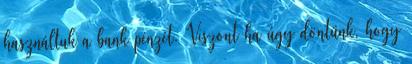
használtuk a bank pénzét. Viszont ha úgy döntünk, hogy